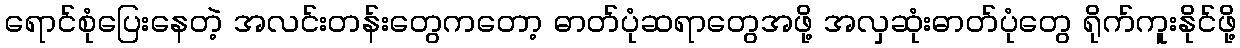
ရောင်စုံပြေးနေတဲ့ အလင်းတန်းတွေကတော့ ဓာတ်ပုံဆရာတွေအဖို့ အလှဆုံးဓာတ်ပုံတွေ ရိုက်ကူးနိုင်ဖို့